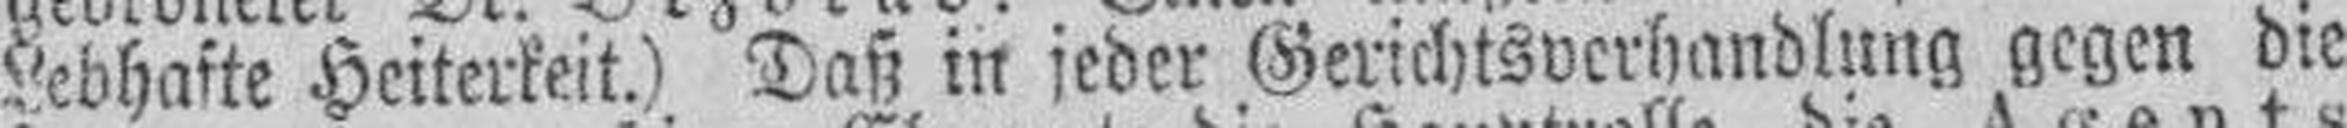
Lebhafte Heiterkeit.) Daß in jeder Gerichtsverhandlung gegen die